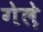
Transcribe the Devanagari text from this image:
गेले़